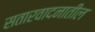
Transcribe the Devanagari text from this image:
सतारवादनातील